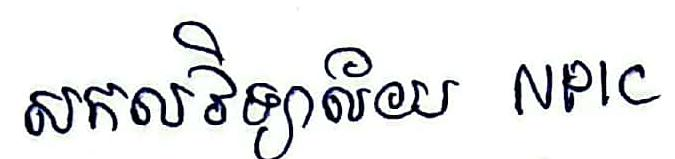
សកលវិទ្យាល័យ NPIC